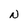
Character: N